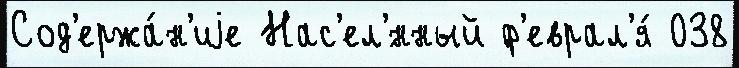
Сод'ержа́н'иjе Нас'ел'́нный ф'еврал'я́ 038